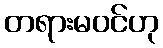
တရားမဝင်ဟု